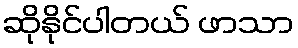
ဆိုနိုင်ပါတယ် ဖာသာ